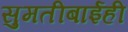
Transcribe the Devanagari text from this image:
सुमतीबाईही